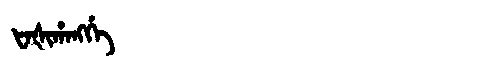
Manchu: ᡶᠠᡧᡳᡥᠠᠩᡤᡝ
Romanization: FAŠIHANGGE